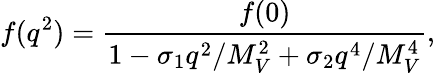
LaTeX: f(q^{2})=\frac{f(0)}{1-\sigma_{1}q^{2}/M_{V}^{2}+\sigma_{2}q^{4}/M_{V}^{4}},